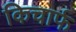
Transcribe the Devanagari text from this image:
किचार्फ